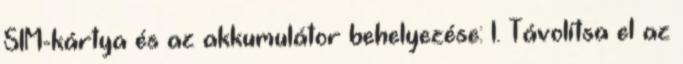
SIM-kártya és az akkumulátor behelyezése: 1. Távolítsa el az